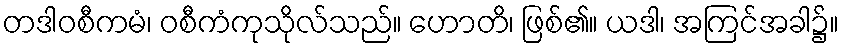
တဒါဝစီကမံ၊ ဝစီကံကုသိုလ်သည်။ ဟောတိ၊ ဖြစ်၏။ ယဒါ၊ အကြင်အခါ၌။